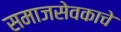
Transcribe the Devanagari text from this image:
समाजसेवकाचे